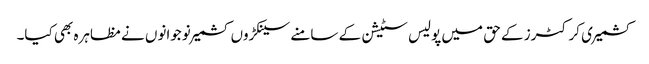
کشمیری کرکٹرز کے حق میں پولیس سٹیشن کے سامنے سینکڑوں کشمیر نوجوانوں نے مظاہرہ بھی کیا۔